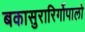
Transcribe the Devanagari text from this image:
बकासुरारिर्गोपालो